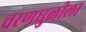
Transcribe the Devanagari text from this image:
चरणधुळीला